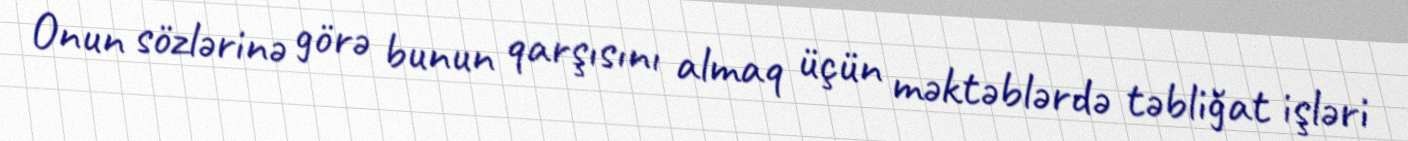
Onun sözlərinə görə bunun qarşısını almaq üçün məktəblərdə təbliğat işləri